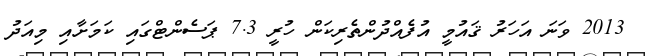
2013 ވަނަ އަހަރު ޤައުމީ އުފެއްދުންތެރިކަން ހުރީ 7.3 ޕަސެންޓްގައި ކަމަށާއި މިއަދު